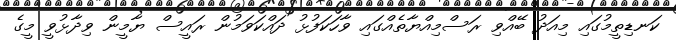
ކަނޑިތީމުގައި މިއަދު ބޭއްވި ރަސްމިއްޔާތެއްގައި ވާހަކަފުޅު ދައްކަވަމުން ރައީސް ޔާމީން ވިދާޅުވީ މީގެ